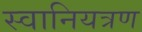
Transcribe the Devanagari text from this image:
स्वानियत्रण